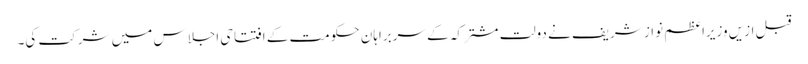
قبل ازیں وزیراعظم نواز شریف نے دولت مشترکہ کے سربراہان حکومت کے افتتاحی اجلاس میں شرکت کی۔